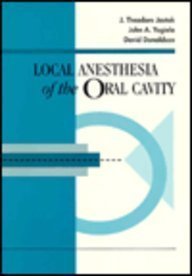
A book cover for Local Anesthesia of the Oral Cavity; J. Theodore Jastak; Medical Books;